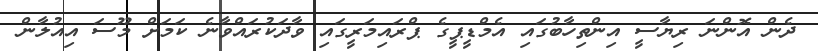
ދެން އޮންނަ ރިޔާސީ އިންތިހާބުގައި އެމްޑީޕީގެ ޕްރައިމަރީގައި ވާދަކުރައްވާނެ ކަމަށް މޫސަ އިއުލާން